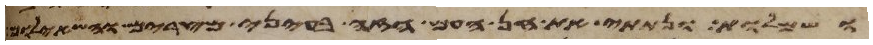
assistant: ושמלות ונתתי את חן העם הזה בעיני מצרים והשאלום